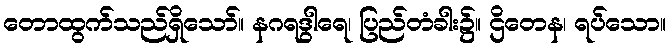
တောထွက်သည်ရှိသော်။ နဂရဒွါရေ၊ ပြည်တံခါး၌။ ဌိတေန၊ ရပ်သော။